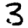
Digit: 3